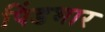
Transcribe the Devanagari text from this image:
पिंडभार